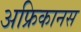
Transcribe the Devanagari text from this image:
अफ्रिकानस